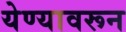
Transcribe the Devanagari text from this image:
येण्यावरून